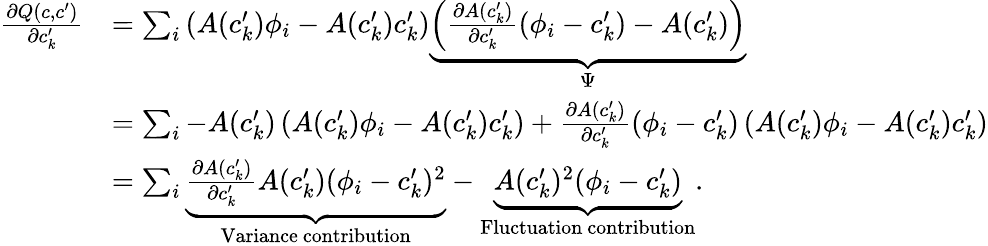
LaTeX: \begin{array}{rl}{\frac{\partial Q(c,c^{\prime})}{\partial c_{k}^{\prime}}}&{=\sum_{i}\left(A(c_{k}^{\prime})\phi_{i}-A(c_{k}^{\prime})c_{k}^{\prime}\right)\underbrace{\left(\frac{\partial A(c_{k}^{\prime})}{\partial c_{k}^{\prime}}\left(\phi_{i}-c_{k}^{\prime}\right)-A(c_{k}^{\prime})\right)}_{\Psi}}\\ &{=\sum_{i}-A(c_{k}^{\prime})\left(A(c_{k}^{\prime})\phi_{i}-A(c_{k}^{\prime})c_{k}^{\prime}\right)+\frac{\partial A(c_{k}^{\prime})}{\partial c_{k}^{\prime}}(\phi_{i}-c_{k}^{\prime})\left(A(c_{k}^{\prime})\phi_{i}-A(c_{k}^{\prime})c_{k}^{\prime}\right)}\\ &{=\sum_{i}\underbrace{\frac{\partial A(c_{k}^{\prime})}{\partial c_{k}^{\prime}}A(c_{k}^{\prime})(\phi_{i}-c_{k}^{\prime})^{2}}_{\mathrm{Variance~contribution}}-\underbrace{A(c_{k}^{\prime})^{2}(\phi_{i}-c_{k}^{\prime})}_{\mathrm{Fluctuation~contribution}}.}\end{array}